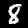
Digit: 8